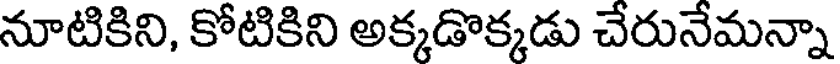
నూటికిని, కోటికిని అక్కడొక్కడు చేరునేమన్నా